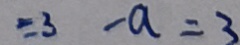
= 3 - a = 3